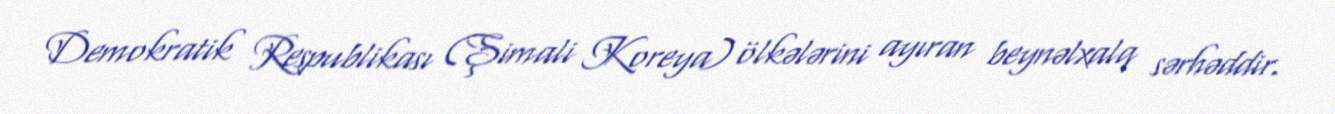
Demokratik Respublikası (Şimali Koreya) ölkələrini ayıran beynəlxalq sərhəddir.